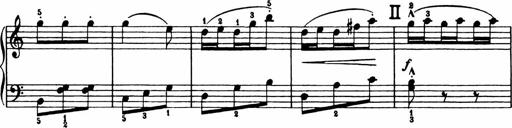
Title: Analytical Sonatinas
Composer: Frank Lynes